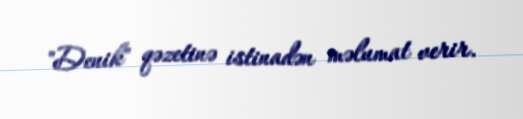
"Denik" qəzetinə istinadən məlumat verir.